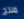
منتج